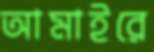
আমাইরে